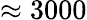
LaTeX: \approx 3000